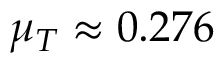
\mu _ { T } \approx 0 . 2 7 6